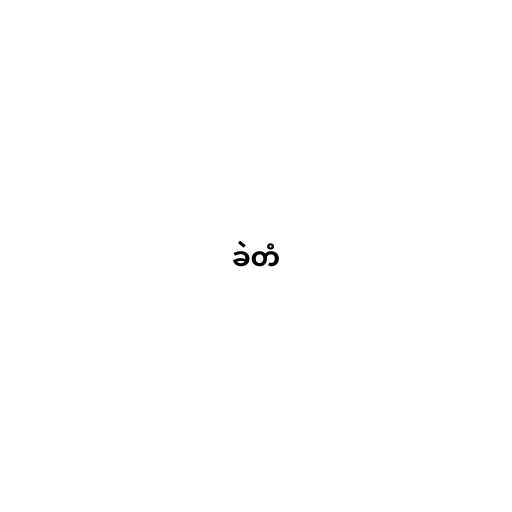
ခဲတံ